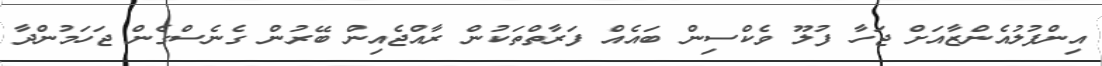
އިންފުލުއެންޒާއަށް ޖަހާ ފުލޫ ވެކްސިން ބައެއް ފަރާތްތަކުން ރާއްޖެއިން ބޭރުން ގެނެސްގެން ޖަހަމުންދާ